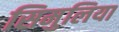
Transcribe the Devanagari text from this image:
सिमुलिया